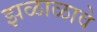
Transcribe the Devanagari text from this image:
झळाळावे